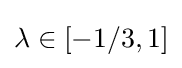
\lambda \in [-1/3,1]